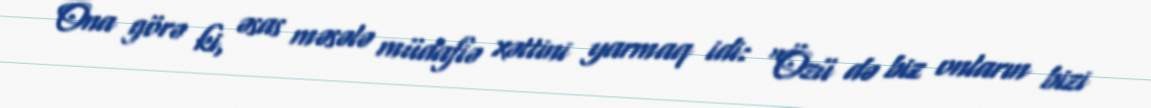
Ona görə ki, əsas məsələ müdafiə xəttini yarmaq idi: “Özü də biz onların bizi